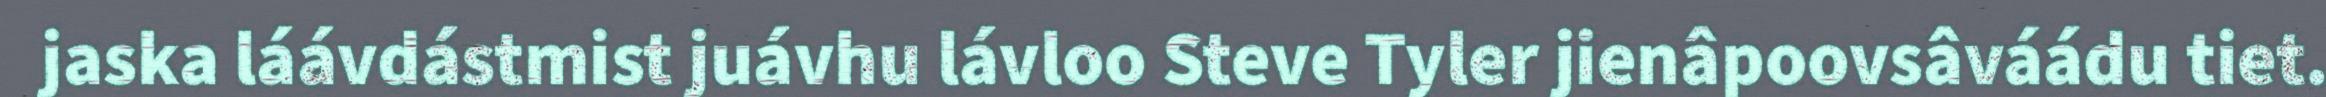
jaska láávdástmist juávhu lávloo Steve Tyler jienâpoovsâváádu tiet.